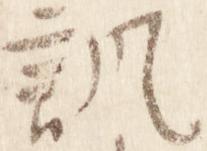
諷